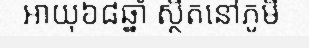
អាយុ៦៨ឆ្នាំ ស្ថិតនៅភូមិ